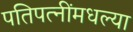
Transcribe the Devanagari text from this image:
पतिपत्‍नींमधल्या